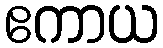
ဧကာယ